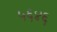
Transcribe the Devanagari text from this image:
५६४६